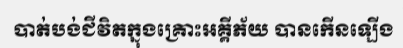
បាត់បង់ជីវិតក្នុងគ្រោះអគ្គីភ័យ បានកើនឡើង